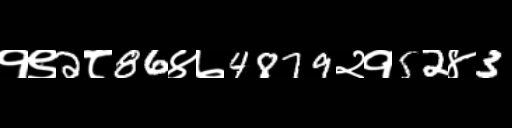
Text: १९2८86४७4879२१52४3